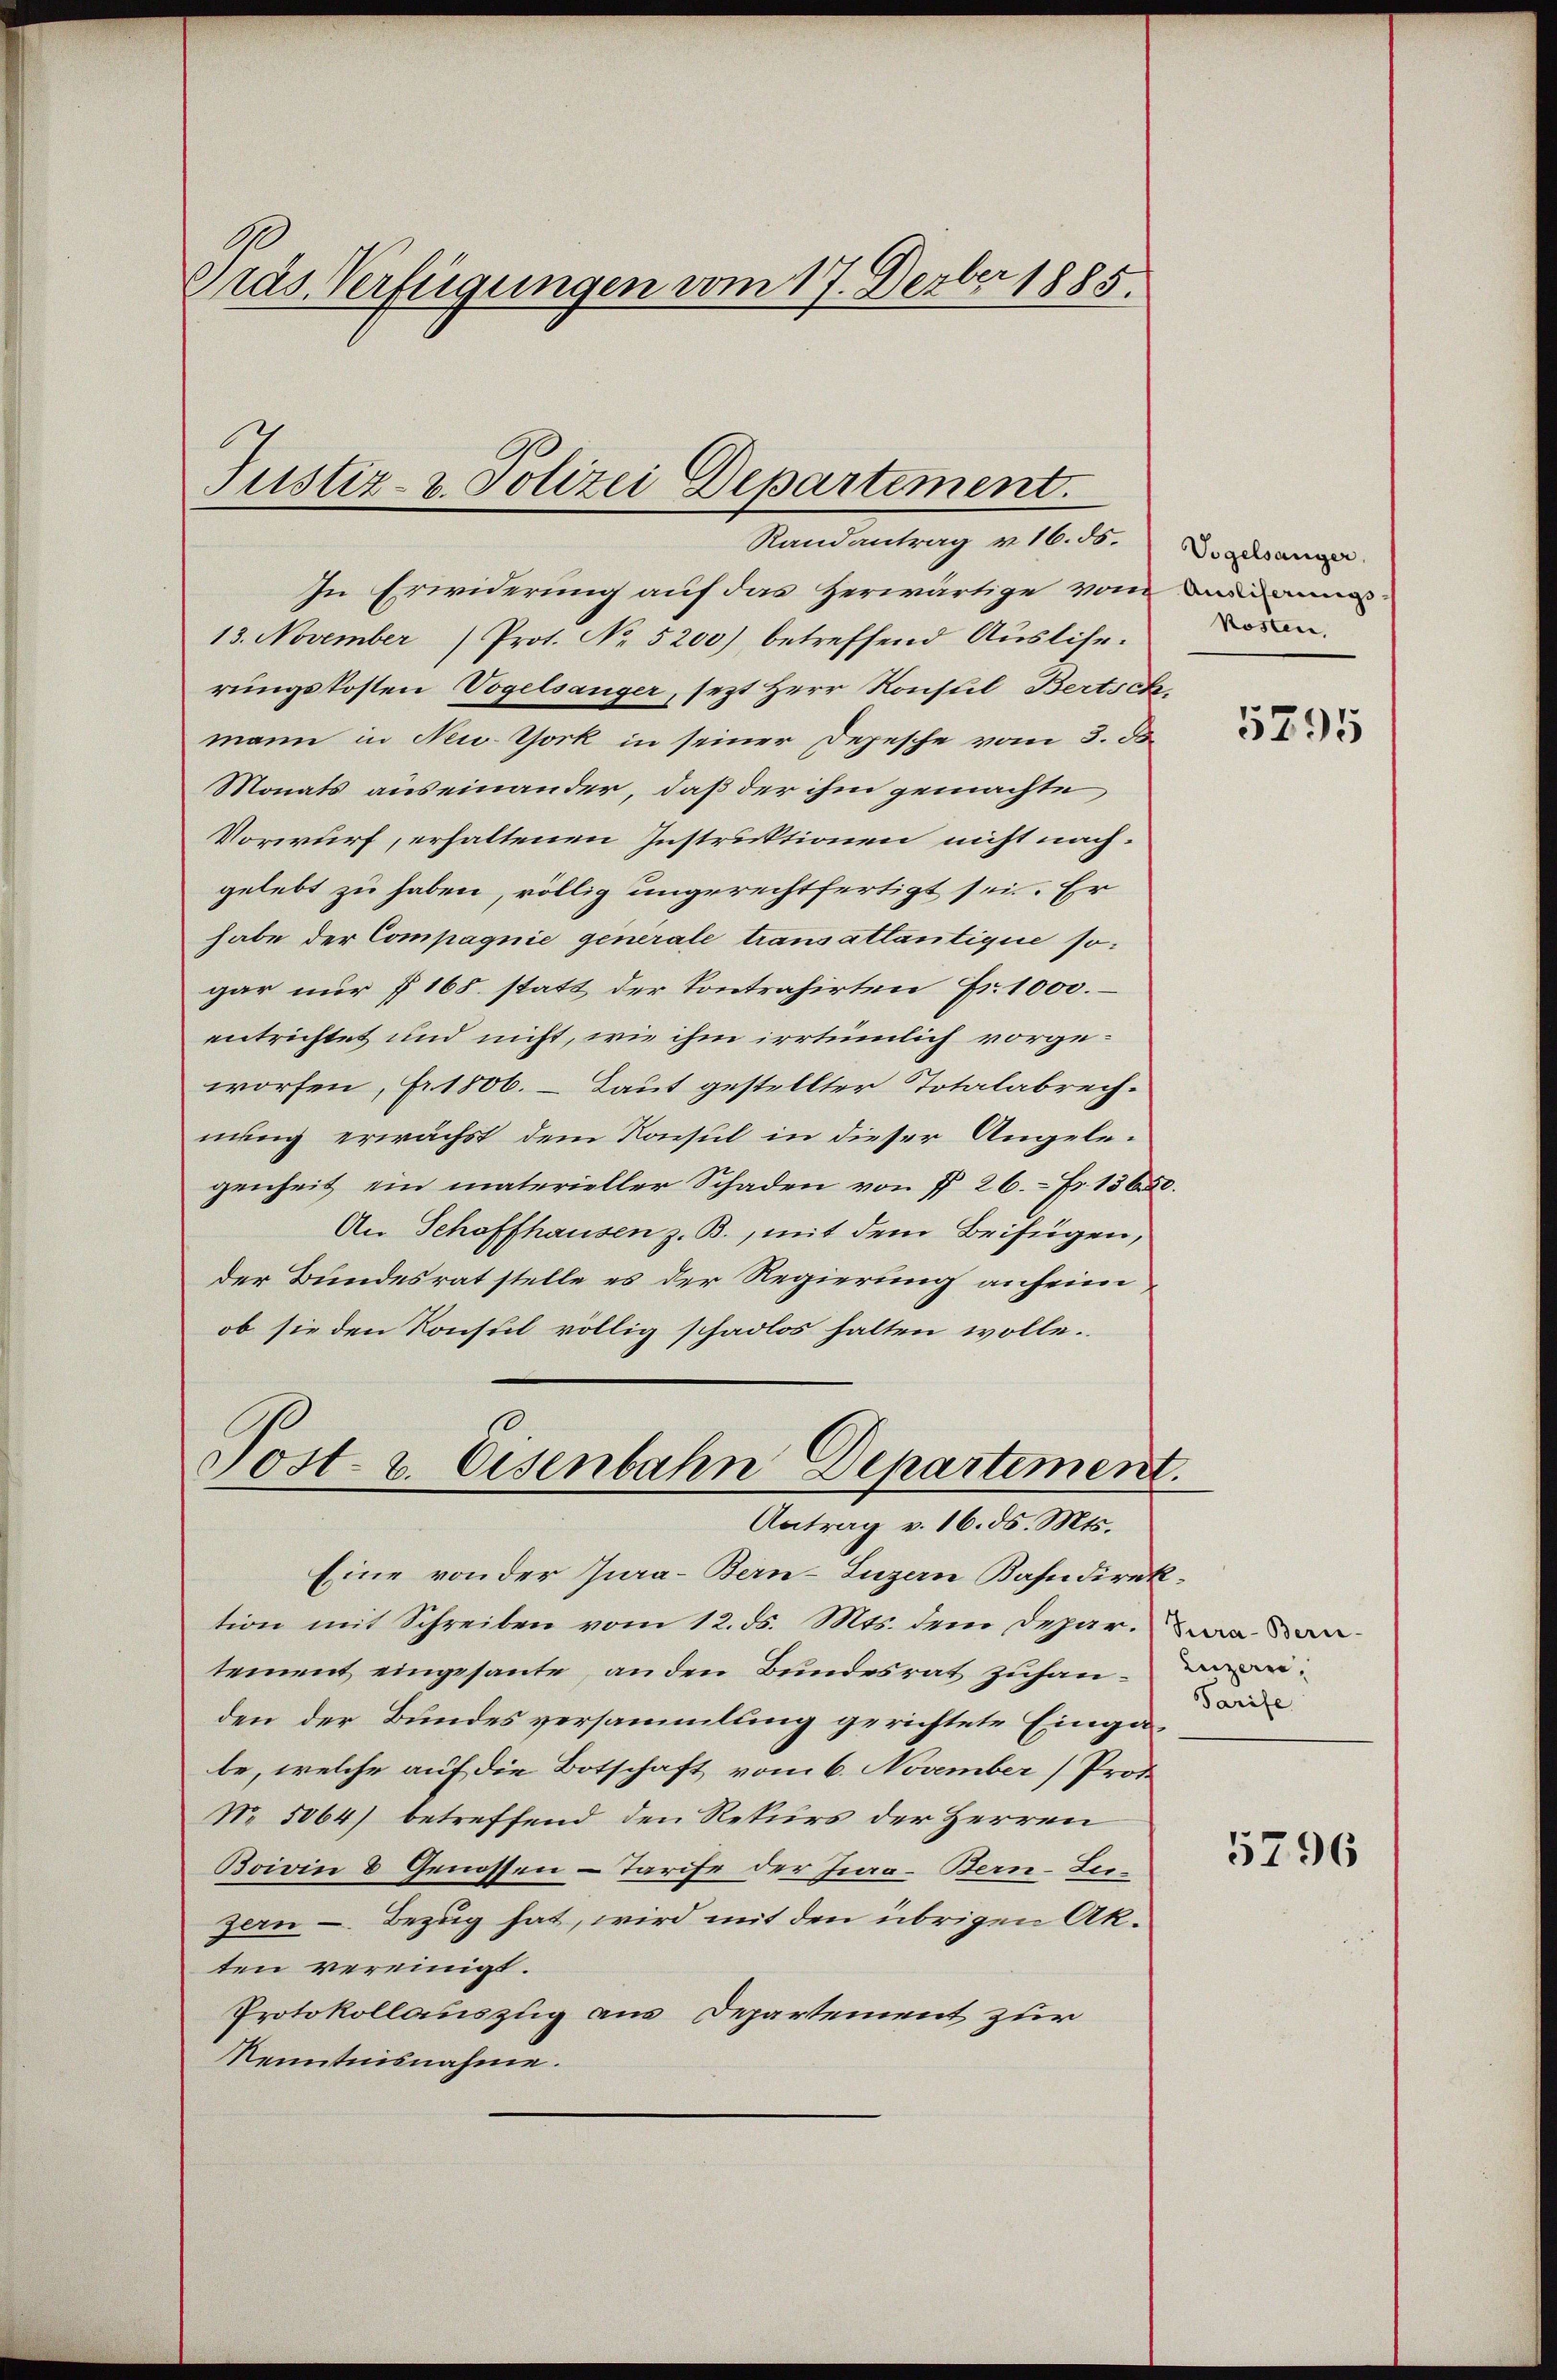
Ge
Gras Verfügungen vom 17. Devber 1885.

Justiz- & Polizei Departement.
Randantrag v. 16. d. Vogelsanger

In Erwiderung auf das herwärtige vom Baum
13. November Prot. No. 5200) betreffend Auslise.
rungskosten Vogelsanger, sezt Herr Konsul Bertsch
mann in New-York in seiner Depesche vom 3. de
Monats auseinander, daß der ihm gemachte,
Vorwurf, erhaltenen Instruktionen nicht nach.
gelebt zu haben, völlig ungerechtfertigt sei. Er
habe der Compagnie generale transattantique sogar nur § 165. statt der Kontrahirten Fr. 1000.
entrichtet und nicht, wie ihm irrtümlich vorgeworfen, fr. 1806. Laut gestellter Totalabrechnung erwächst dem Konsul in dieser Angelegenheit ein materieller Schaden von § 26. Fr. 15600.
An Schaffhausen z. B., mit dem Beifügen,
der Bundesrat stelle es der Regierung anheim
ob sie den Konsul völlig schadlos halten wolle.
Post- u. Eisenbahn Departement.
Antrag v. 16. ds. Mts.
Eine von der Jura-Bern–Luzern Kahndirektion mit Schreiben vom 12. ds. Mts. dem Deparadantement eingesante, an den Bundesrat zuhan-
den der Bundesversammlung gerichtete Eingabe, welche auf die Botschaft vom 6. November (Prot
No. 5064) betreffend den Rekurs der Herren
Boivin 8 Genossen-Tarife der Jura-Bern-Luzern - Bezug hat, wird mit den übrigen Akten vereinigt.
Protokollauszug aus Departement zur
Kenntnisnahme.

kosten

5795

Tarife

5796